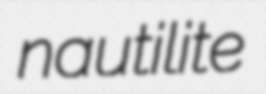
nautilite